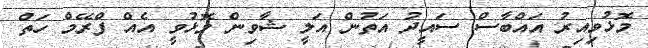
މޮޅުވިއިރު އައްބާސް ސައީދު އަތުން އަލީ ޝާވިން މޮޅުވީ އެއް ފްރޭމް ހަތް